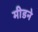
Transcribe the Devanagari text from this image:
मीडने